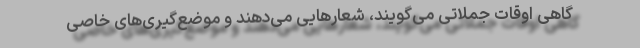
گاهی اوقات جملاتی می‌گویند، شعارهایی می‌دهند و موضع‌گیری‌های خاصی